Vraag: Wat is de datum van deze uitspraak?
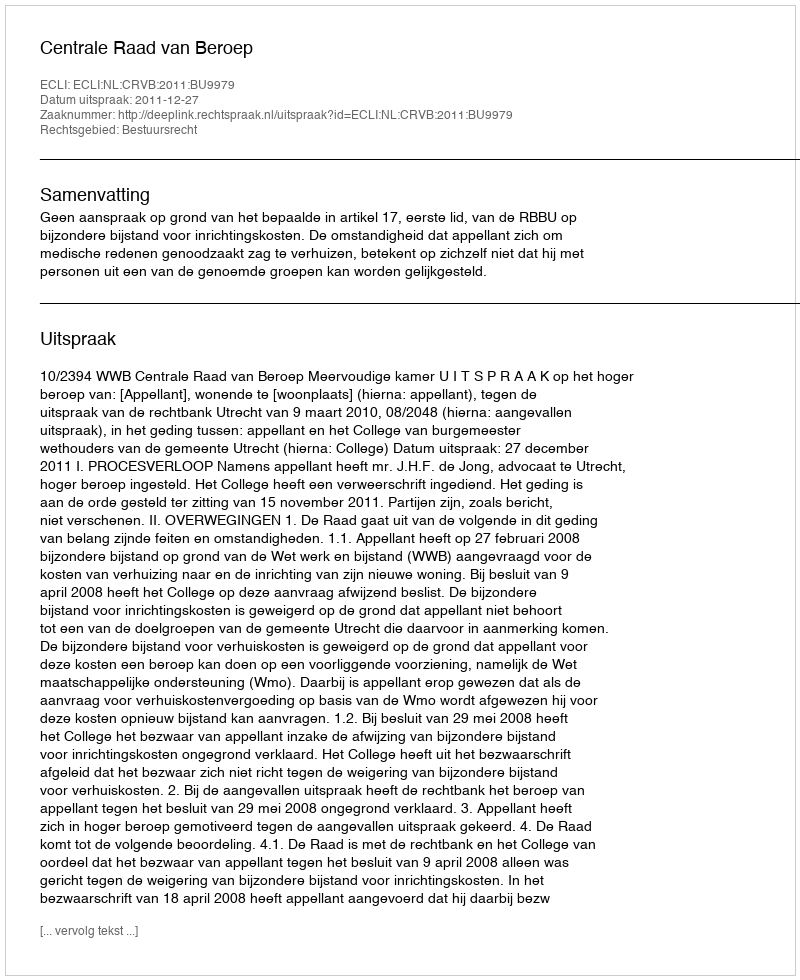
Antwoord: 2011-12-27